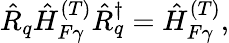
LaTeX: \begin{array}{r}{\hat{R}_{q}\hat{H}_{F\gamma}^{(T)}\hat{R}_{q}^{\dagger}=\hat{H}_{F\gamma}^{(T)},}\end{array}